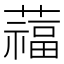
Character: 䕐